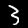
Digit: 3